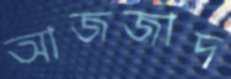
আজজাদ